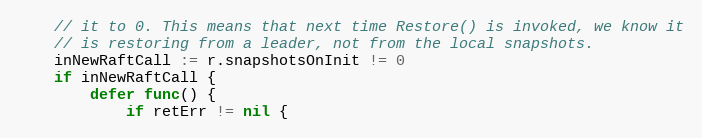
Language: Go
	// it to 0. This means that next time Restore() is invoked, we know it
	// is restoring from a leader, not from the local snapshots.
	inNewRaftCall := r.snapshotsOnInit != 0
	if inNewRaftCall {
		defer func() {
			if retErr != nil {